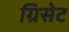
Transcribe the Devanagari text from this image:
ग्रिसेट